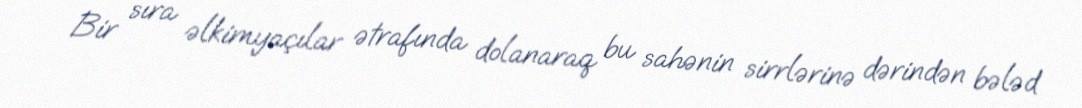
Bir sıra əlkimyaçılar ətrafında dolanaraq bu sahənin sirrlərinə dərindən bələd